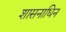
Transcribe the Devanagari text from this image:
शासनाधिन